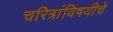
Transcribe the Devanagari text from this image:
चरित्रांविषयीचे